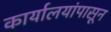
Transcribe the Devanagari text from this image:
कार्यालयांपासून